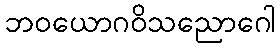
ဘဝယောဂဝိသညောဂေါ